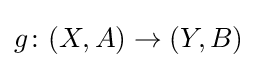
g\colon (X,A)\rightarrow (Y,B)